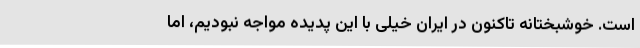
است. خوشبختانه تاکنون در ایران خیلی با این پدیده مواجه نبودیم، اما